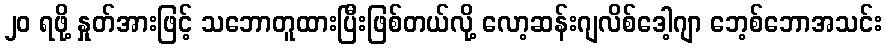
၂၀ ရဖို့ နှုတ်အားဖြင့် သဘောတူထားပြီးဖြစ်တယ်လို့ လော့ဆန်းဂျလိစ်ဒေါ့ဂျာ ဘေ့စ်ဘောအသင်း